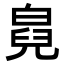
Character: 𤾇